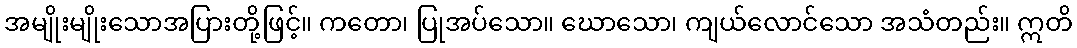
အမျိုးမျိုးသောအပြားတို့ဖြင့်။ ကတော၊ ပြုအပ်သော။ ဃောသော၊ ကျယ်လောင်သော အသံတည်း။ ဣတိ